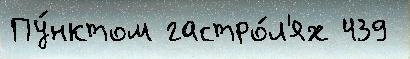
Пу́нктом гастро́л'ях 439